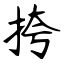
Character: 挎